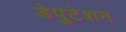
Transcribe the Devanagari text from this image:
डेपुटेशन